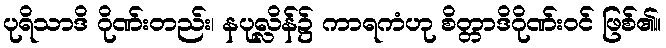
ပုရိသာဒိ ဂိုဏ်းတည်း၊ နပုလ္လိန်၌ ကာရကံဟု စိတ္တာဒိဂိုဏ်းဝင် ဖြစ်၏။